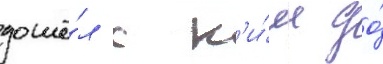
дошё́л с н'и́м до́